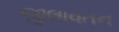
જીલાવતન